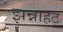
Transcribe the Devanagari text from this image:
झन्नाहट